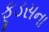
ફૂડસના